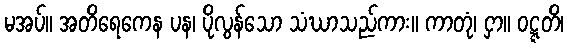
မအပ်။ အတိရေကေန ပန၊ ပိုလွန်သော သံဃာသည်ကား။ ကာတုံ၊ ငှာ။ ဝဋ္ဋတိ၊